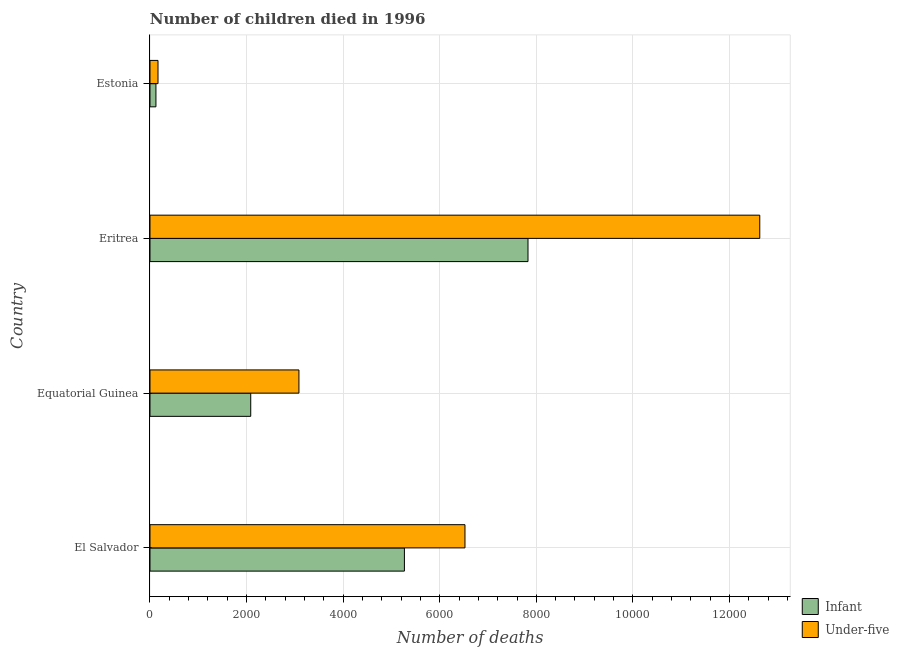
| Country | Infant | Under-five |
 | --- | --- | --- |
 | El Salvador | 5.27e+03 | 6.52e+03 |
 | Equatorial Guinea | 2.09e+03 | 3.08e+03 |
 | Eritrea | 7.83e+03 | 1.26e+04 |
 | Estonia | 123 | 166 |